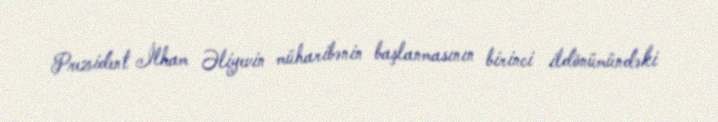
Prezident İlham Əliyevin müharibənin başlanmasının birinci ildönümündəki